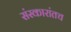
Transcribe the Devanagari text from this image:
संस्कारांतच